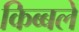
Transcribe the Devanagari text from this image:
किब्बले